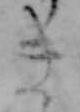
き